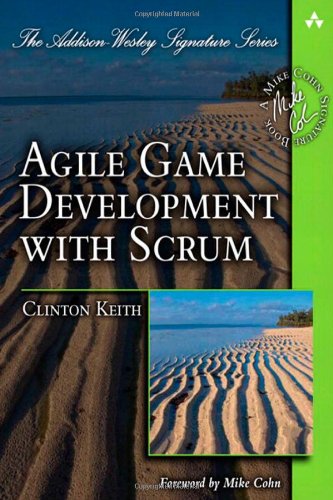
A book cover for Agile Game Development with Scrum (Addison-Wesley Signature Series (Cohn)); Clinton Keith; Computers & Technology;